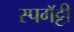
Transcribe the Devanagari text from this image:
स्पगॅट्टी